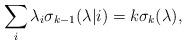
LaTeX: \begin{align*}\sum_i \lambda_i \sigma_{k-1}(\lambda|i) = k \sigma_k(\lambda),\end{align*}